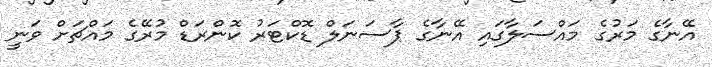
އޭނާގެ މަރުގެ މައްސަލާގައި އޭނާގެ ޕާސަނަލް ޑޮކްޓަރު ކޮންރަޑް މުރޭގެ މައްޗަށް ވަނީ